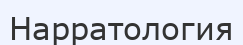
Нарратология